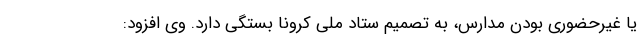
یا غیرحضوری بودن مدارس، به تصمیم ستاد ملی کرونا بستگی دارد. وی افزود: